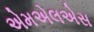
એમએલએસ